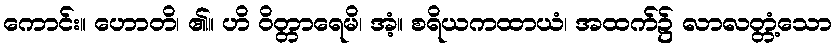
ကောင်း။ ဟောတိ၊ ၏။ ဟိ ဝိတ္တာရေမိ၊ အံ့။ စရိယကထာယံ၊ အထက်၌ လာလတ္တံ့သော